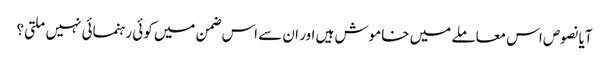
آیا نصوص اس معاملے میں خاموش ہیں اور ان سے اس ضمن میں کوئی رہنمائی نہیں ملتی؟